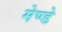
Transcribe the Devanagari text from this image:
मेण्डे